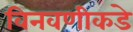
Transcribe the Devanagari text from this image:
विनवणीकडे